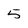
Character: 5